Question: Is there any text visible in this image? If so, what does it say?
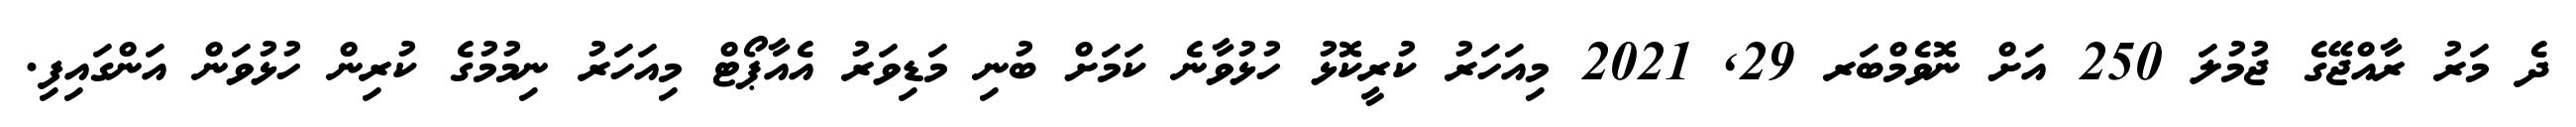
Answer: ދެ މަރު ރާއްޖޭގެ ޖުމުލަ 250 އަށް ނޮވެމްބަރ 29, 2021 މިއަހަރު ކުރީކޮޅު ހުޅުވާނެ ކަމަށް ބުނި މަޑިވަރު އެއާޕޯޓް މިއަހަރު ނިމުމުގެ ކުރިން ހުޅުވަން އަންގައިފި.